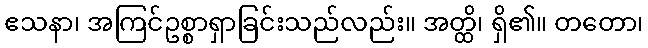
ဧသနာ၊ အကြင်ဥစ္စာရှာခြင်းသည်လည်း။ အတ္ထိ၊ ရှိ၏။ တတော၊